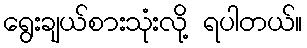
ရွေးချယ်စားသုံးလို့ ရပါတယ်။